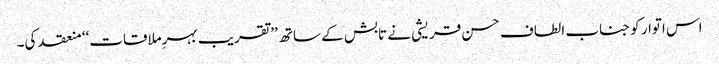
اس اتوار کو جناب الطاف حسن قریشی نے تابش کے ساتھ ’’تقریب بہرِملاقات‘‘ منعقد کی۔